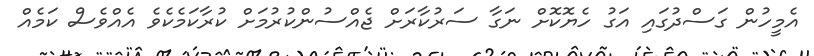
އެމީހުން ގަސްދުގައި އަގު ހެޔޮކޮށް ނަގާ ސަރުކާރަށް ޖެއްސުންކުރުމަށް ކުރާކަމެކެވެ އެއްވެސް ކަމެއް